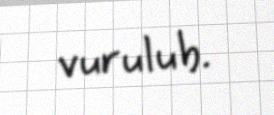
vurulub.